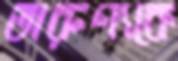
তারুণ্যকে